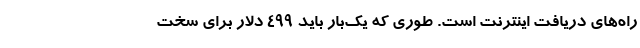
راه‌های دریافت اینترنت است. طوری که یک‌بار باید ۴۹۹ دلار برای سخت